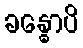
ခန္ဓောပိ